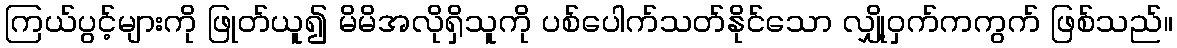
ကြယ်ပွင့်များကို ဖြုတ်ယူ၍ မိမိအလိုရှိသူကို ပစ်ပေါက်သတ်နိုင်သော လျှို့ဝှက်ကကွက် ဖြစ်သည်။